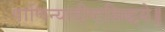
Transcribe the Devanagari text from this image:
पाणिन्यादीष्टसिद्धये॥